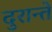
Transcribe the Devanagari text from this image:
दुरान्ते